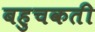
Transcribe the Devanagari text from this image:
बहुचकती